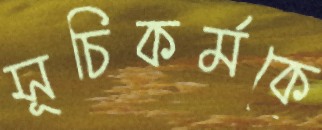
সূচিকর্মকে